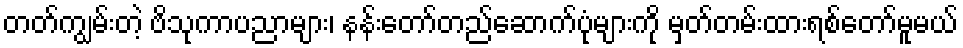
တတ်ကျွမ်းတဲ့ ဗိသုကာပညာများ၊ နန်းတော်တည်ဆောက်ပုံများကို မှတ်တမ်းထားရစ်တော်မူမယ်